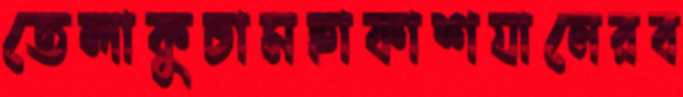
তেলাকুচামহাকাশযানেরব